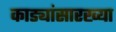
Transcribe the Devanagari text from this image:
काड्यांसारख्या